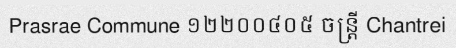
Prasrae Commune ១២២០០៤០៥ ចន្ត្រី Chantrei